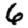
Digit: 6